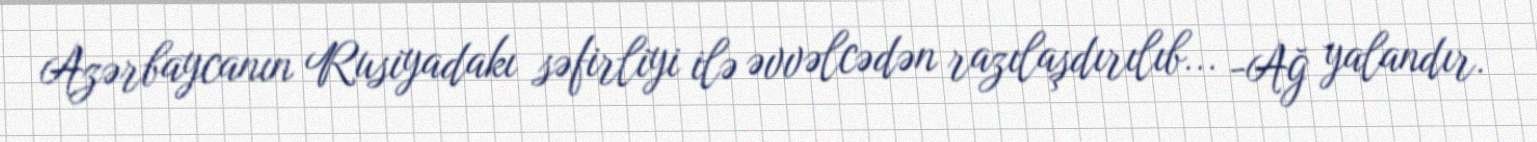
Azərbaycanın Rusiyadakı səfirliyi ilə əvvəlcədən razılaşdırılıb... -Ağ yalandır.